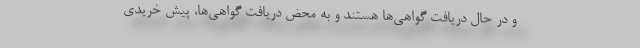
و در حال دریافت گواهی‌ها هستند و به محض دریافت گواهی‌ها، پیش خریدی